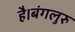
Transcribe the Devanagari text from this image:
है।बंगलुरु